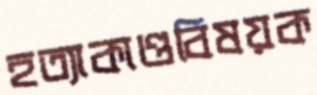
হত্যাকাণ্ডবিষয়ক